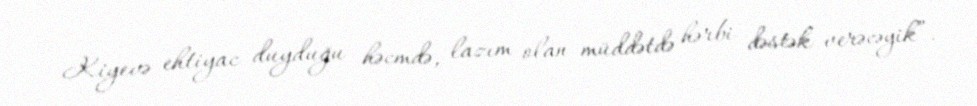
Kiyevə ehtiyac duyduğu həcmdə, lazım olan müddətdə hərbi dəstək verəcəyik”.